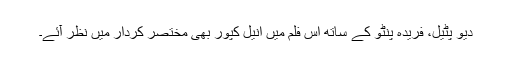
دیو پٹیل، فریدہ پنٹو کے ساتھ اس فلم میں انیل کپور بھی مختصر کردار میں نظر آئے۔